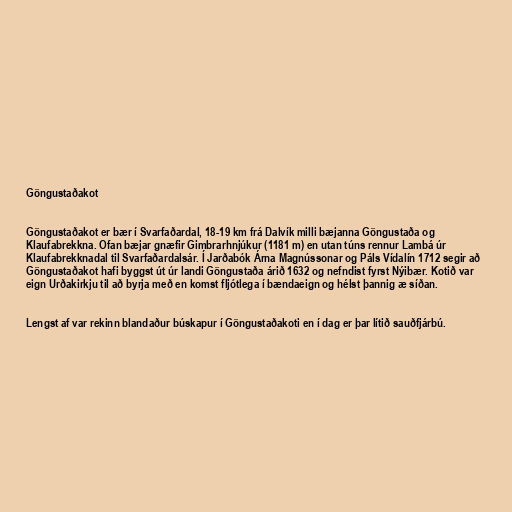
Göngustaðakot

Göngustaðakot er bær í Svarfaðardal, 18-19 km frá Dalvík milli bæjanna Göngustaða og
Klaufabrekkna. Ofan bæjar gnæfir Gimbrarhnjúkur (1181 m) en utan túns rennur Lambá úr
Klaufabrekknadal til Svarfaðardalsár. Í Jarðabók Árna Magnússonar og Páls Vídalín 1712 segir að
Göngustaðakot hafi byggst út úr landi Göngustaða árið 1632 og nefndist fyrst Nýibær. Kotið var
eign Urðakirkju til að byrja með en komst fljótlega í bændaeign og hélst þannig æ síðan.

Lengst af var rekinn blandaður búskapur í Göngustaðakoti en í dag er þar lítið sauðfjárbú.